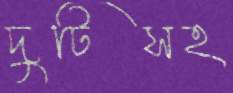
দুটিসহ